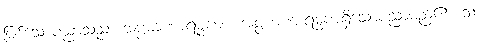
ဖြစ်သောပညာသည်။ အပ္ပမာဏာရမ္မဏာ၊ အပ္ပမာဏာရမ္မဏရှိသောပညာမည်၏။ သာ၊